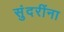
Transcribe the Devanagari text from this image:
सुंदरींना